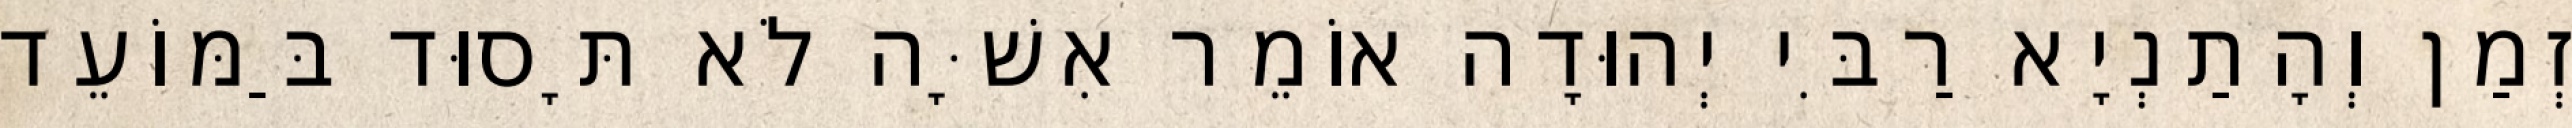
זְמַן וְהָתַנְיָא רַבִּי יְהוּדָה אוֹמֵר אִשָּׁה לֹא תָּסוּד בַּמּוֹעֵד